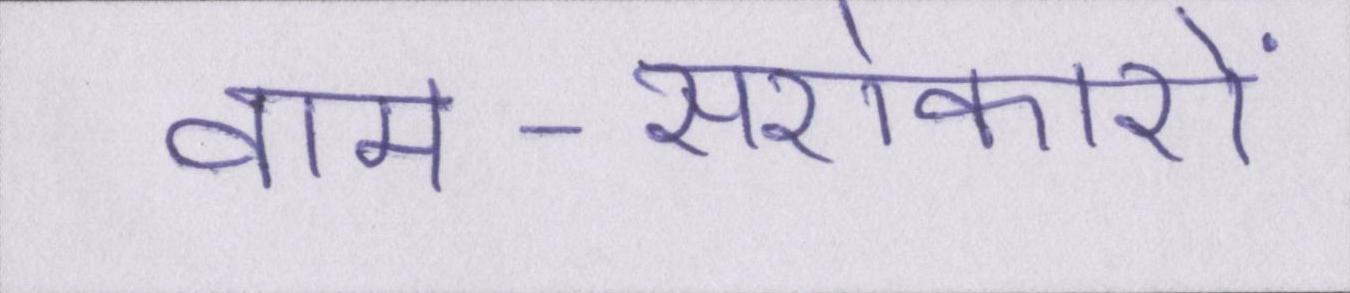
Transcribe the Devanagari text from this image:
वाम-सरोकारों